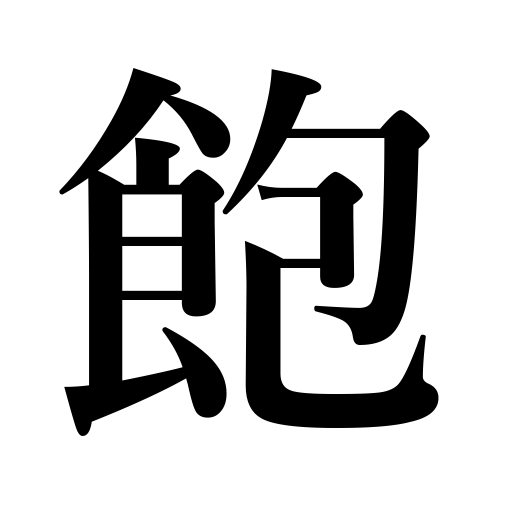
Meanings: have enough,bore,weary,tire,lose interest in,satiate,get tired of,surfeit